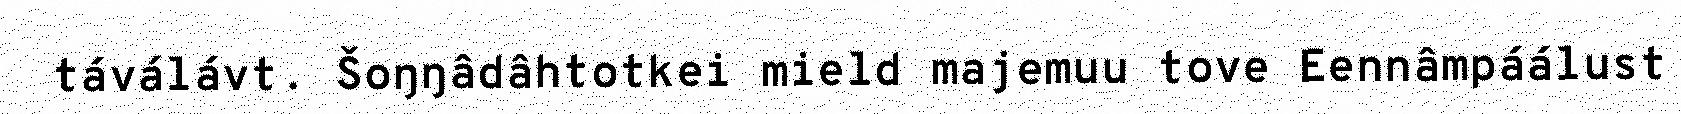
táválávt. Šoŋŋâdâhtotkei mield majemuu tove Eennâmpáálust